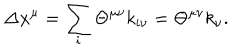
\Delta x ^ { \mu } = \sum _ { i } \Theta ^ { \mu \nu } k _ { i \nu } = \Theta ^ { \mu \nu } k _ { \nu } .